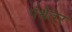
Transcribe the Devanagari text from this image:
पंथेतर